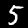
Digit: 5